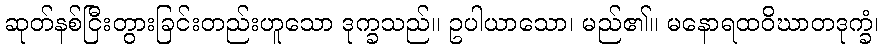
ဆုတ်နစ်ငြီးတွားခြင်းတည်းဟူသော ဒုက္ခသည်။ ဥပါယာသော၊ မည်၏။ မနောရထဝိဃာတဒုက္ခံ၊